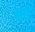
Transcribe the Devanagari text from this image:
बाद्यें